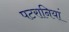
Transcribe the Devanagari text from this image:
पटरानियां